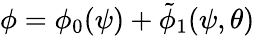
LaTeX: \phi=\phi_{0}(\psi)+\tilde{\phi}_{1}(\psi,\theta)